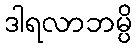
ဒါရလာဘမ္ပိ